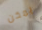
يمكن